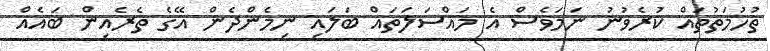
ތުހުމަތުތައް ކުރެވުނު ނަމަވެސް އެ މައްސަލަތައް ބަލައި ނިމެންދެން އޭގެ ތެރެއިން ބައެއް